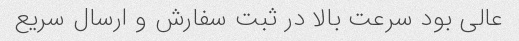
عالی بود سرعت بالا در ثبت سفارش و ارسال سریع